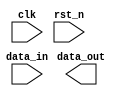
// SPDX-License-Identifier: Apache-2.0
// Copyright (C) 2019 Intel Corporation. 
//****************************************************************************************
//  2011 Altera Corporation. .
//
//****************************************************************************************

//------------------------------------------------------------------------
// Description: 28-nm standard cell harden FF synchronizer
//
// Note on RESET_VAL:
// if a "set" or "reset" type synchronizer should be used. If RESET_VAL evaluates
// to zero, a reset type synchronizer is chosen. All other values of RESET_VAL
// will lead to a set type synchronizer
// 
// when multi-bit crossing is required (note: async handshake macros are also available and is
// usually recommended for multi-bit CDC - ensure your use case is fine with double-synchronizers
// if you choose this macro)
// 
// However, choosing this method excludes 1 use case: There's is no mechanism to choose individual
// reset value for each bit of a multi-bit signal through this macro. e.g: RESET_VAL == 3'b101 is 
// not supported. It is assumed that this use case is not required for users of this macro
//
//------------------------------------------------------------------------

module altr_hps_bitsync
  #(
    parameter DWIDTH = 1'b1,    // Sync Data input
    //parameter SYNCSTAGE = 2, // Sync stages
    parameter RESET_VAL = 1'b0  // Reset value
    )
    (
    input  wire              clk,     // clock
    input  wire              rst_n,   // async reset
    input  wire [DWIDTH-1:0] data_in, // data in
    output wire [DWIDTH-1:0] data_out // data out
     );

`ifdef ALTR_HPS_INTEL_MACROS_OFF

   // End users may pass in RESET_VAL with a width exceeding 1 bit
   // Evaluate the value first and use 1 bit value
   localparam RESET_VAL_1B = (RESET_VAL == 'd0) ? 1'b0 : 1'b1;

   reg [DWIDTH-1:0]  dff2;
   reg [DWIDTH-1:0]  dff1;

   always @(posedge clk or negedge rst_n)
      if (!rst_n) begin
         dff2     <= {DWIDTH{RESET_VAL_1B}}; 
         dff1     <= {DWIDTH{RESET_VAL_1B}}; 
      end
      else begin
         dff2     <= dff1;
         dff1     <= data_in;
      end

   // data_out has to be a wire since it needs to also hook up to the TSMC cell
   assign data_out = dff2;

`else


`endif

endmodule // altr_hps_bitsync